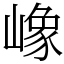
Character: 嶑